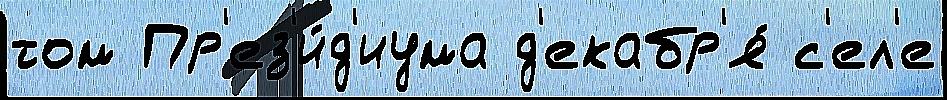
том Пр'ез'и́д'иума д'екабр'я́ с'ел'е